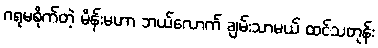
ဂရုမစိုက်တဲ့ မိန်းမဟာ ဘယ်လောက် ချမ်းသာမယ် ထင်သတုန်း